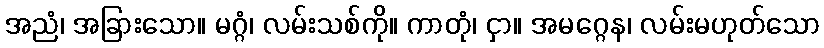
အညံ၊ အခြားသော။ မဂ္ဂံ၊ လမ်းသစ်ကို။ ကာတုံ၊ ငှာ။ အမဂ္ဂေန၊ လမ်းမဟုတ်သော